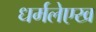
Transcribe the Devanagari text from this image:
धर्मलेएख